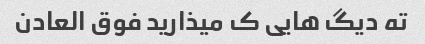
ته دیگ هایی ک میذارید فوق العادن